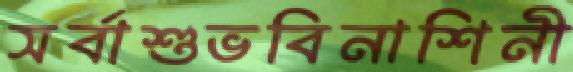
সর্বাশুভবিনাশিনী